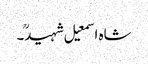
شاہ اسمعیل شہیدؒ۔